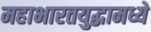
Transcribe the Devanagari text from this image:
महाभारतयुद्धामध्ये